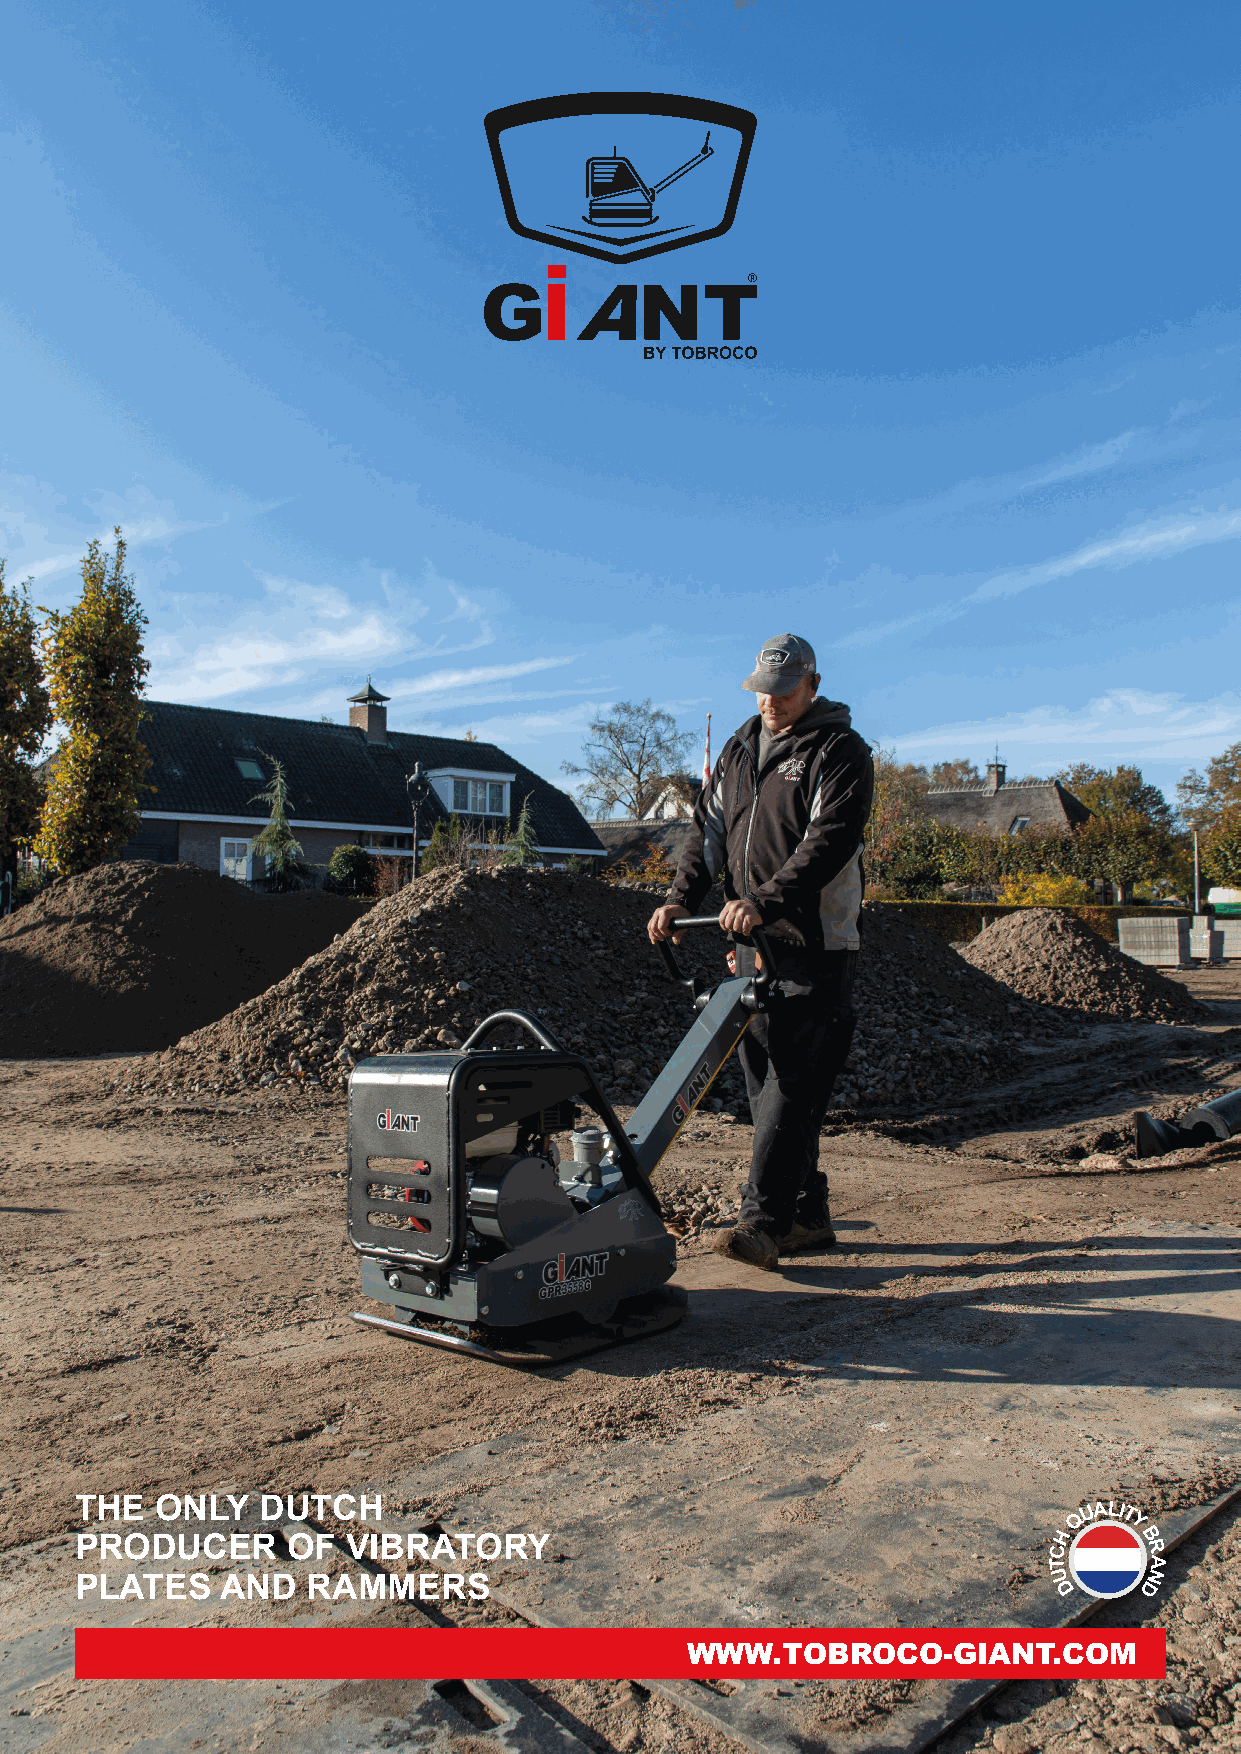
THE  ONLY   DUTCH
 PRODUCER      OF  VIBRATORY
 PLATES    AND  RAMMERS
 WWW.TOBROCO-GIANT.COM